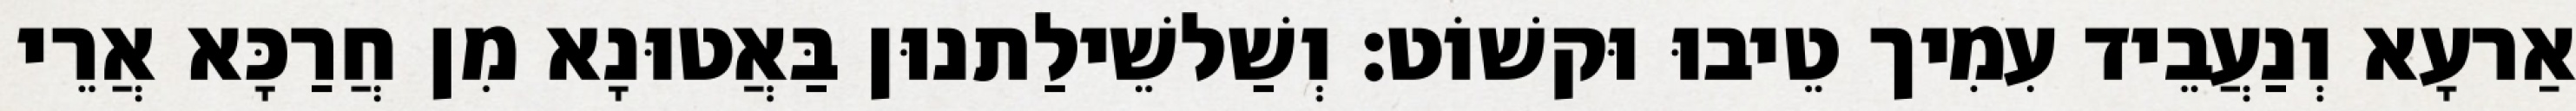
אַרעָא וְנַעֲבֵיד עִמִיך טֵיבוּ וּקשׁוֹט׃ וְשַׁלשֵׁילַתנוּן בַּאֲטוּנָא מִן חֲרַכָּא אֲרֵי